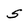
Character: 5